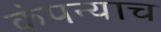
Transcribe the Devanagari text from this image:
कंपन्याच